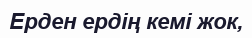
Ерден ердің кемі жок,